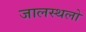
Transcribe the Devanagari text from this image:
जालस्थलो